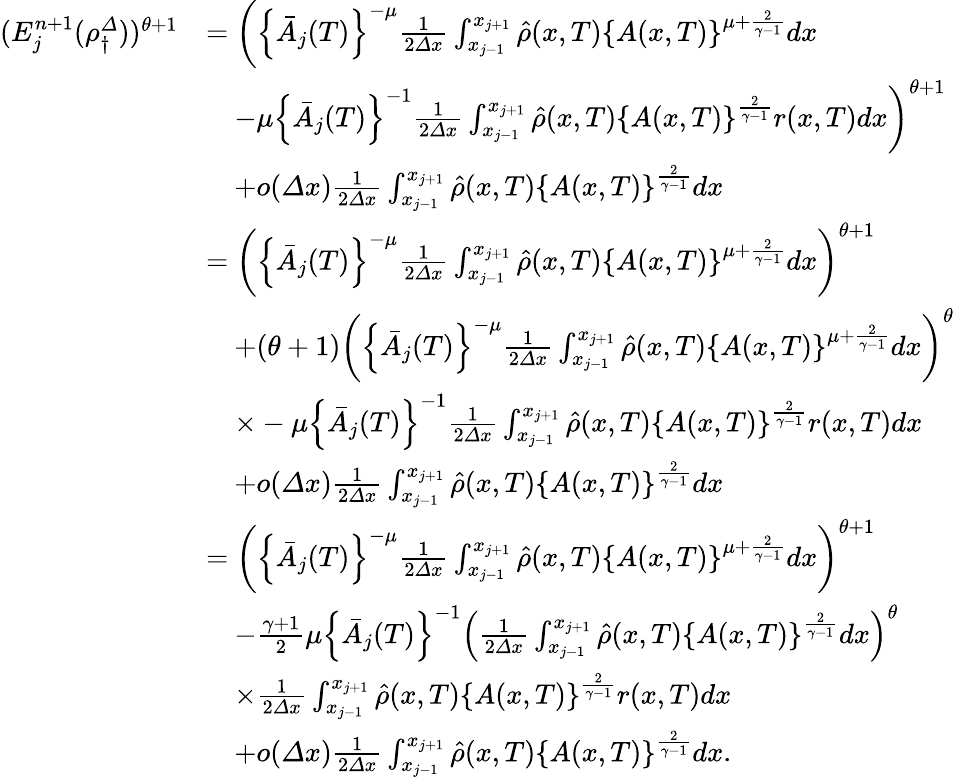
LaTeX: \begin{array}{rl}{(E_{j}^{n+1}(\rho_{\dagger}^{\varDelta}))^{\theta+1}}&{=\left(\left\{ \bar{A}_{j}(T)\right\} ^{-\mu}\frac 1{2{\varDelta}x}\int_{x_{j-1}}^{x_{j+1}}\hat{\rho}(x,T)\left\{ A(x,T)\right\} ^{\mu+\frac{2}{\gamma-1}}dx\right.}\\ &{\quad\left.-\mu\left\{ \bar{A}_{j}(T)\right\} ^{-1}\frac 1{2{\varDelta}x}\int_{x_{j-1}}^{x_{j+1}}\hat{\rho}(x,T)\left\{ A(x,T)\right\} ^{\frac{2}{\gamma-1}}r(x,T)dx\right)^{\theta+1}}\\ &{\quad+o({\varDelta}x)\frac 1{2{\varDelta}x}\int_{x_{j-1}}^{x_{j+1}}\hat{\rho}(x,T)\left\{ A(x,T)\right\} ^{\frac{2}{\gamma-1}}dx}\\ &{=\left(\left\{ \bar{A}_{j}(T)\right\} ^{-\mu}\frac 1{2{\varDelta}x}\int_{x_{j-1}}^{x_{j+1}}\hat{\rho}(x,T)\left\{ A(x,T)\right\} ^{\mu+\frac{2}{\gamma-1}}dx\right)^{\theta+1}}\\ &{\quad+(\theta+1)\left(\left\{ \bar{A}_{j}(T)\right\} ^{-\mu}\frac 1{2{\varDelta}x}\int_{x_{j-1}}^{x_{j+1}}\hat{\rho}(x,T)\left\{ A(x,T)\right\} ^{\mu+\frac{2}{\gamma-1}}dx\right)^{\theta}}\\ &{\quad\times-\mu\left\{ \bar{A}_{j}(T)\right\} ^{-1}\frac 1{2{\varDelta}x}\int_{x_{j-1}}^{x_{j+1}}\hat{\rho}(x,T)\left\{ A(x,T)\right\} ^{\frac{2}{\gamma-1}}r(x,T)dx}\\ &{\quad+o({\varDelta}x)\frac 1{2{\varDelta}x}\int_{x_{j-1}}^{x_{j+1}}\hat{\rho}(x,T)\left\{ A(x,T)\right\} ^{\frac{2}{\gamma-1}}dx}\\ &{=\left(\left\{ \bar{A}_{j}(T)\right\} ^{-\mu}\frac 1{2{\varDelta}x}\int_{x_{j-1}}^{x_{j+1}}\hat{\rho}(x,T)\left\{ A(x,T)\right\} ^{\mu+\frac{2}{\gamma-1}}dx\right)^{\theta+1}}\\ &{\quad-\frac{\gamma+1}{2}\mu\left\{ \bar{A}_{j}(T)\right\} ^{-1}\left(\frac 1{2{\varDelta}x}\int_{x_{j-1}}^{x_{j+1}}\hat{\rho}(x,T)\left\{ A(x,T)\right\} ^{\frac{2}{\gamma-1}}dx\right)^{\theta}}\\ &{\quad\times\frac 1{2{\varDelta}x}\int_{x_{j-1}}^{x_{j+1}}\hat{\rho}(x,T)\left\{ A(x,T)\right\} ^{\frac{2}{\gamma-1}}r(x,T)dx}\\ &{\quad+o({\varDelta}x)\frac 1{2{\varDelta}x}\int_{x_{j-1}}^{x_{j+1}}\hat{\rho}(x,T)\left\{ A(x,T)\right\} ^{\frac{2}{\gamma-1}}dx.}\end{array}